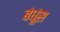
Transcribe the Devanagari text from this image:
बंधूंस